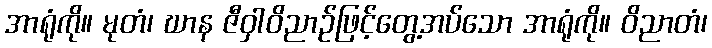
အာရုံကို။ မုတံ၊ ဃာန ဇီဝှါဝိညာဉ်ဖြင့်တွေ့အပ်သော အာရုံကို။ ဝိညာတံ၊